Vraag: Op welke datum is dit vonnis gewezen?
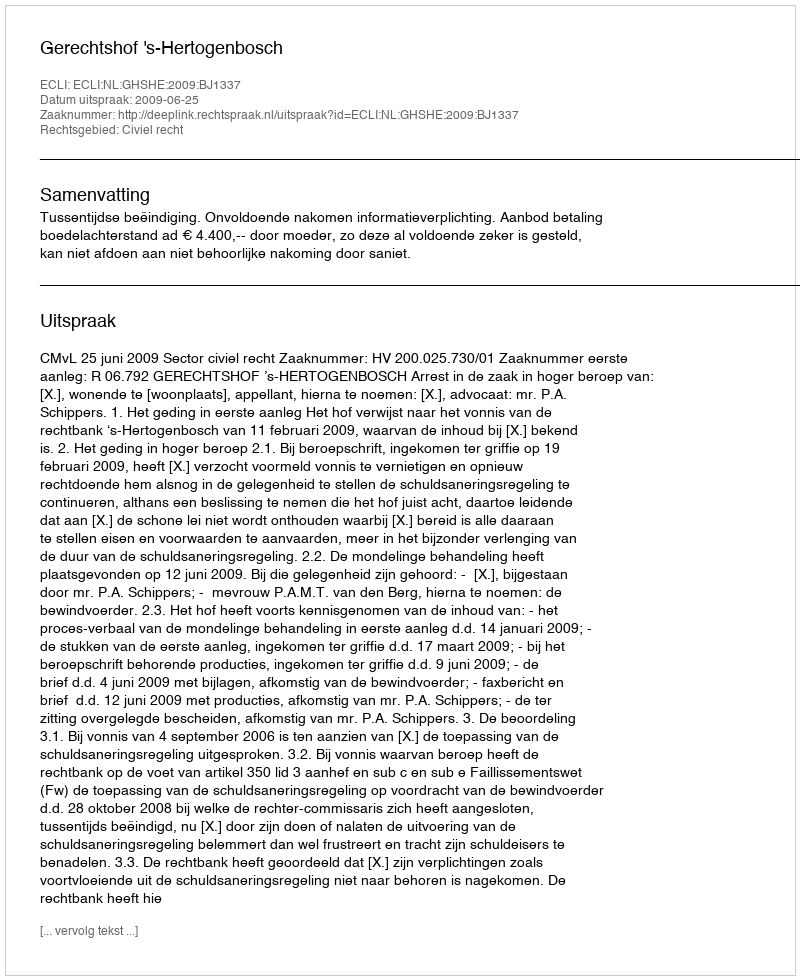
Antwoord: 2009-06-25